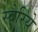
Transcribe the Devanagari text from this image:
स्वेरिये